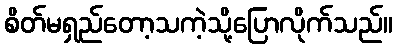
စိတ်မရှည်တော့သကဲ့သို့ပြောလိုက်သည်။